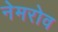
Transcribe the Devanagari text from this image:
नेमरोव